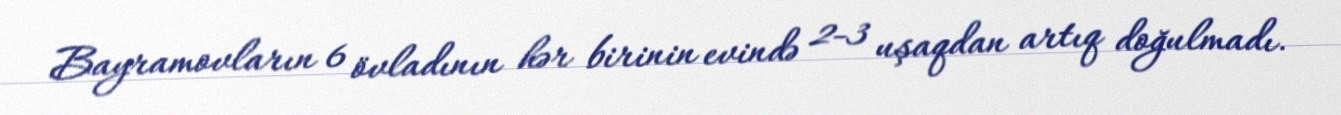
Bayramovların 6 övladının hər birinin evində 2-3 uşaqdan artıq doğulmadı.